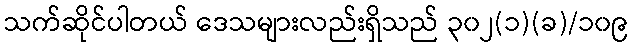
သက်ဆိုင်ပါတယ် ဒေသများလည်းရှိသည် ၃၀၂(၁)(ခ)/၁၀၉